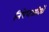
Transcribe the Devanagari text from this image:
निषेधवादियों